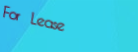
For Lease